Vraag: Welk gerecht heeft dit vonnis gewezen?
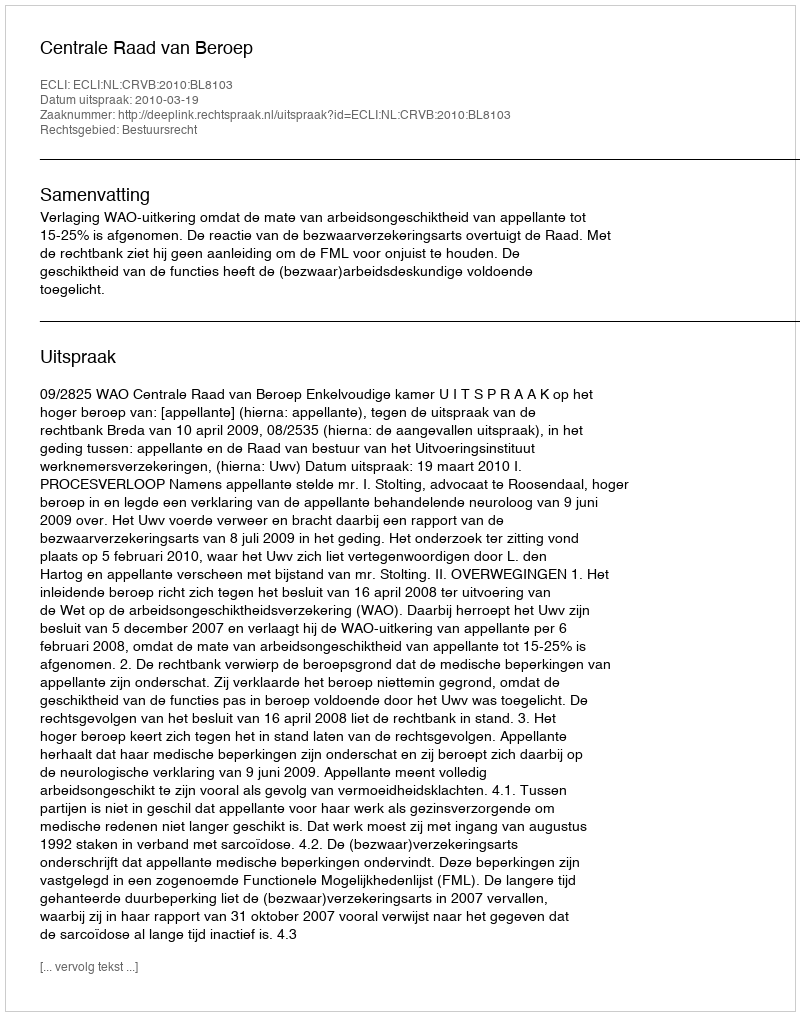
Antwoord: Centrale Raad van Beroep